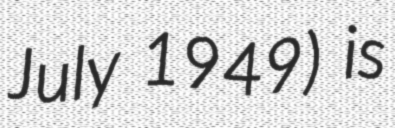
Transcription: July 1949) is